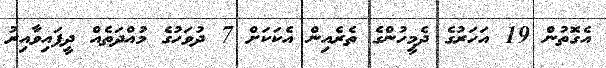
އެގޮތުން 19 އަހަރުގެ ދެމީހުންގެ ތެރެއިން އެކަކަށް 7 ދުވަހުގެ މުއްދަތެއް ދީފައިވާއިރު